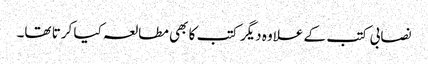
نصابی کتب کے علاوہ دیگر کتب کا بھی مطالعہ کیا کرتا تھا۔